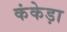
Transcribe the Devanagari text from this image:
कंकेड़ा